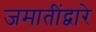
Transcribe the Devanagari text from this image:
जमातींद्वारे